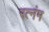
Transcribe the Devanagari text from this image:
रत्नंम